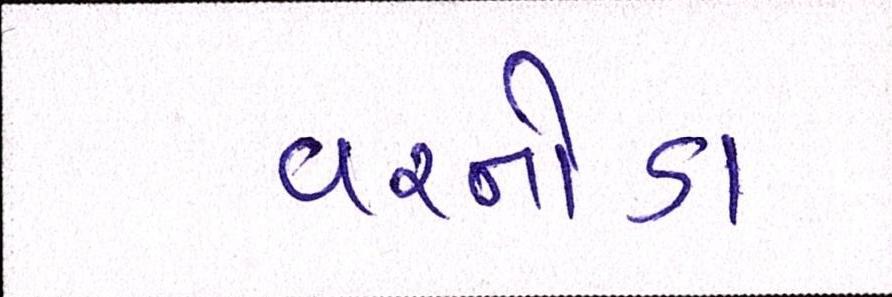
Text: વરનોડા